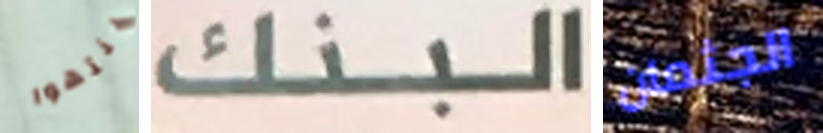
ينتهوا البنك الجثمان